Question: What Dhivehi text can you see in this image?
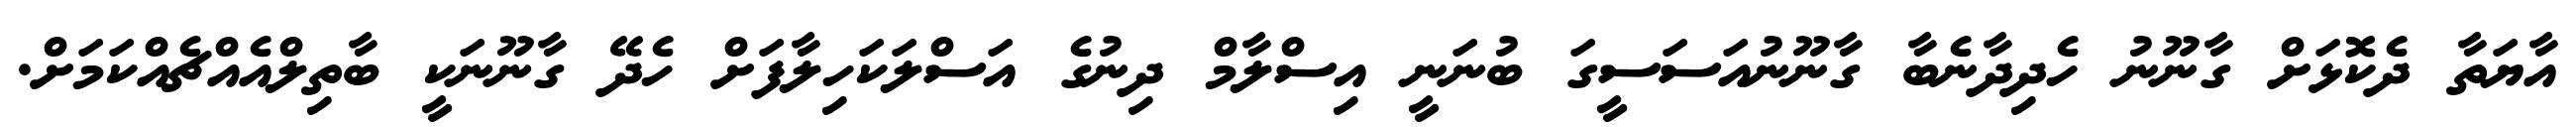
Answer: އާޔަތާ ދެކޮޅަށް ގާނޫނު ހެދިދާނެބާ ގާނޫނުއަސަސީގަ ބުނަނީ އިސްލާމް ދިނުގެ އަސްލަކަހިލާފަށް ހެދޭ ގާނޫނަކީ ބާތިލްއެއްޗެއްކަމަށް.